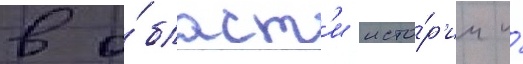
в о́бласт'и исто́р'ии и́